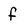
Character: f